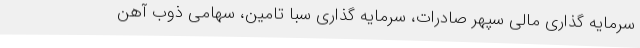
سرمایه گذاری مالی سپهر صادرات، سرمایه گذاری سبا تامین، سهامی ذوب آهن